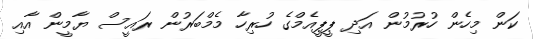
ކަން މިހެން ހުރުމުން އަދި ޕީޕީއެމްގެ ހުރިހާ މެމްބަރުން ރައީސް ޔާމީން އާއި